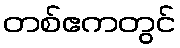
တစ်ဧကတွင်